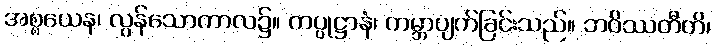
အစ္စယေန၊ လွန်သောကာလ၌။ ကပ္ပုဋ္ဌာနံ၊ ကမ္ဘာပျက်ခြင်းသည်။ ဘဝိဿတီတိ၊